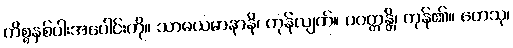
ကိစ္စနှစ်ပါးအပေါင်းကို။ သာဓယမာနာနိ၊ ကုန်လျက်။ ပဝတ္တန္တိ၊ ကုန်၏။ တေသု၊